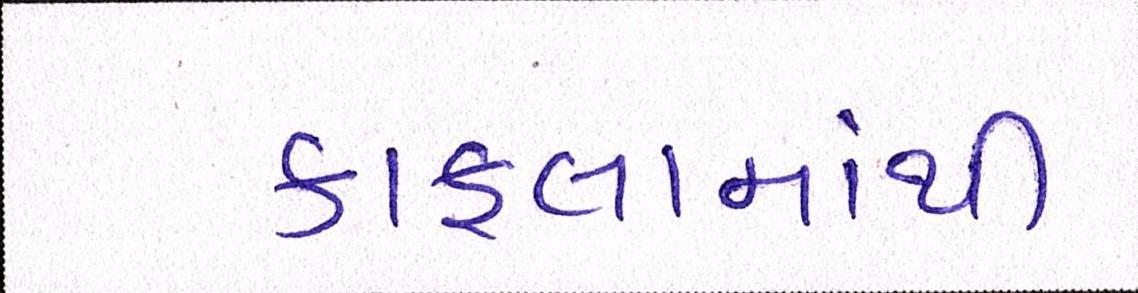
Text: કાફલામાંથી